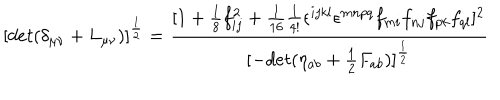
[ d e t ( \delta _ { \mu \nu } + L _ { \mu \nu } ) ] ^ { \frac { 1 } { 2 } } = \frac { [ 1 + \frac { 1 } { 8 } f _ { i j } ^ { 2 } + \frac { 1 } { 1 6 } \frac { 1 } { 4 ! } \epsilon ^ { i j k l } \epsilon ^ { m n p q } f _ { m i } f _ { n j } f _ { p k } f _ { q l } ] ^ { 2 } } { [ - d e t ( \eta _ { a b } + \frac { 1 } { 2 } F _ { a b } ) ] ^ { \frac { 1 } { 2 } } }